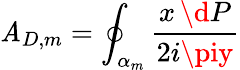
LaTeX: \mathit{A}_{D,m}=\oint_{\alpha_{m}}{\frac{{x\, \d{P}}}{{2i\piy}}}